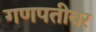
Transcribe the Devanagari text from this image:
गणपतीवर